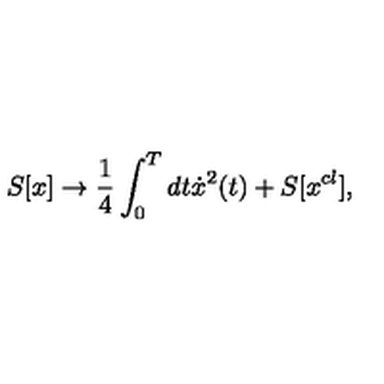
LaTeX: S [ x ] \to \frac { 1 } { 4 } \int _ { 0 } ^ { T } { d t \dot { x } ^ { 2 } } ( t ) + S [ x ^ { c l } ] ,